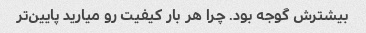
بیشترش گوجه بود. چرا هر بار کیفیت رو میارید پایین‌تر